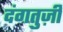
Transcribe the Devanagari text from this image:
दंगतुज़ी